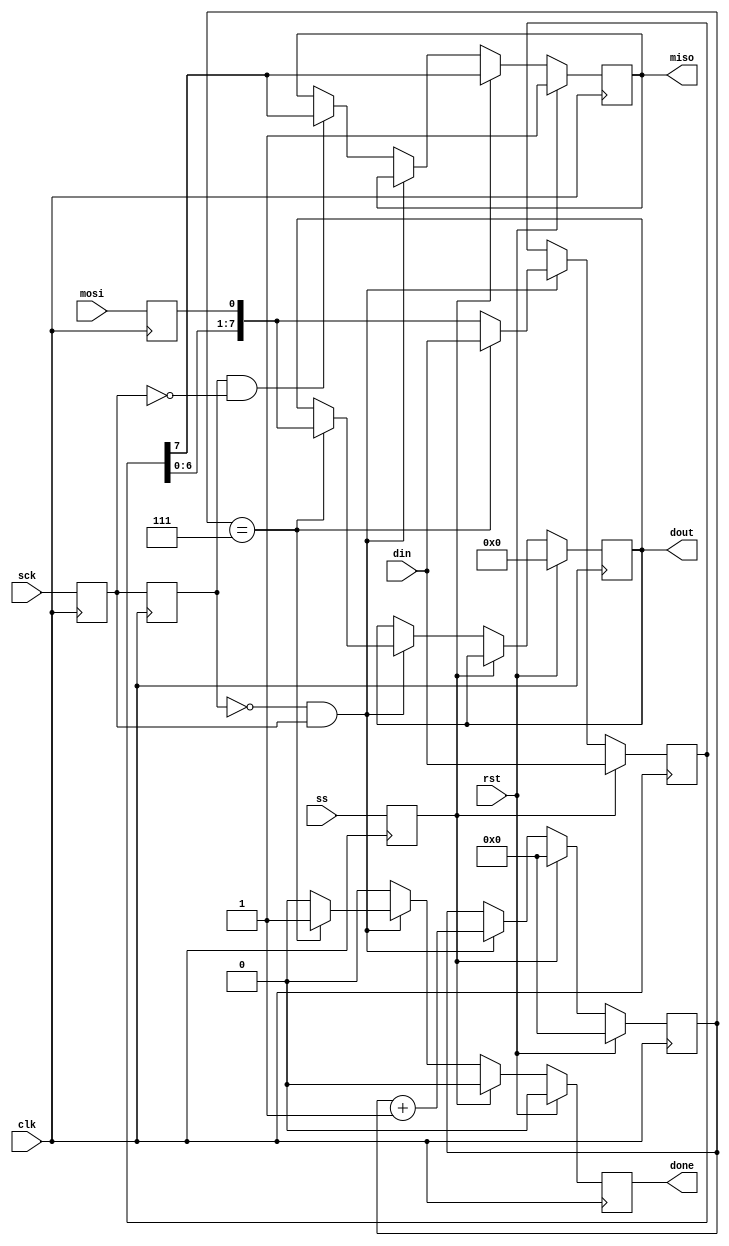
module spi_slave_6(input clk, input rst, input ss, input mosi, output miso, input sck, output done, input [bc-1:0] din, output [bc-1:0] dout);
parameter bc=8;	
parameter counter_bits = 6;
reg mosi_d, mosi_q;
reg ss_d, ss_q;
reg sck_d, sck_q;
reg sck_old_d, sck_old_q;
reg [bc-1:0] data_d, data_q;
reg done_d, done_q;
reg [counter_bits-1:0] bit_ct_d, bit_ct_q;
reg [bc-1:0] dout_d, dout_q;
reg miso_d, miso_q;
assign miso = miso_q;
assign done = done_q;
assign dout = dout_q;
always @(*) begin
	ss_d = ss;
	mosi_d = mosi;
	miso_d = miso_q;
	sck_d = sck;
	sck_old_d = sck_q;
	data_d = data_q;
	done_d = 1'b0;
	bit_ct_d = bit_ct_q;
	dout_d = dout_q;
	if (ss_q) begin	
		bit_ct_d = 0; 
		data_d = din; 
		miso_d = data_q[bc-1]; 
	end else begin 
		if (!sck_old_q && sck_q) begin 
			data_d = {data_q[bc-2:0], mosi_q}; 
			bit_ct_d = bit_ct_q + 1'b1; 
			if (bit_ct_q == bc-1) begin 
				dout_d = {data_q[bc-2:0], mosi_q}; 
				done_d = 1'b1; 
				data_d = din; 
			end
		end else if (sck_old_q && !sck_q) begin 
			miso_d = data_q[bc-1]; 
		end
	end
end
always @(posedge clk) begin
	if (rst) begin
		done_q <= 1'b0;
		bit_ct_q <= 3'b0;
		dout_q <= 8'b0;
		miso_q <= 1'b1;
	end else begin
		done_q <= done_d;
		bit_ct_q <= bit_ct_d;
		dout_q <= dout_d;
		miso_q <= miso_d;
	end
	sck_q <= sck_d;
	mosi_q <= mosi_d;
	ss_q <= ss_d;
	data_q <= data_d;
	sck_old_q <= sck_old_d;
end
endmodule